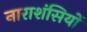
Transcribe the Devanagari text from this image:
नाराशंसियों